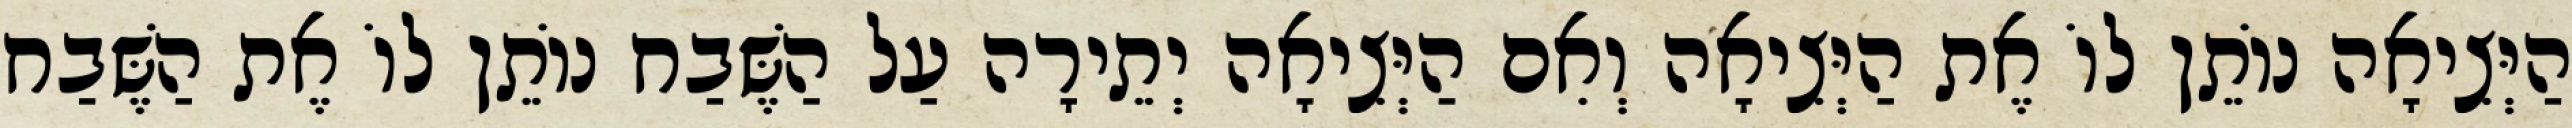
הַיְּצִיאָה נוֹתֵן לוֹ אֶת הַיְּצִיאָה וְאִם הַיְּצִיאָה יְתֵירָה עַל הַשֶּׁבַח נוֹתֵן לוֹ אֶת הַשֶּׁבַח